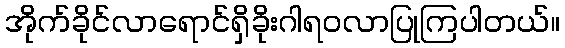
အိုက်ခိုင်လာရောင်ရှိခိုးဂါရဝလာပြုကြပါတယ်။